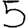
Digit: 5